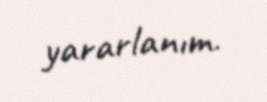
yararlanım.